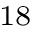
^ { 1 8 }